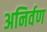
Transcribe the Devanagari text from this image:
अनिर्वण